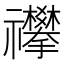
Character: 𥜳